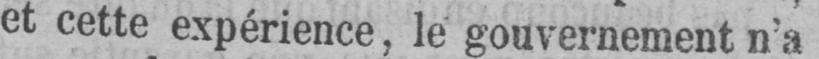
et cette expérience, le gouvernement n’a